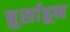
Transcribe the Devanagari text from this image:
बुर्साहून